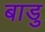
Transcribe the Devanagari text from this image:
बाडु